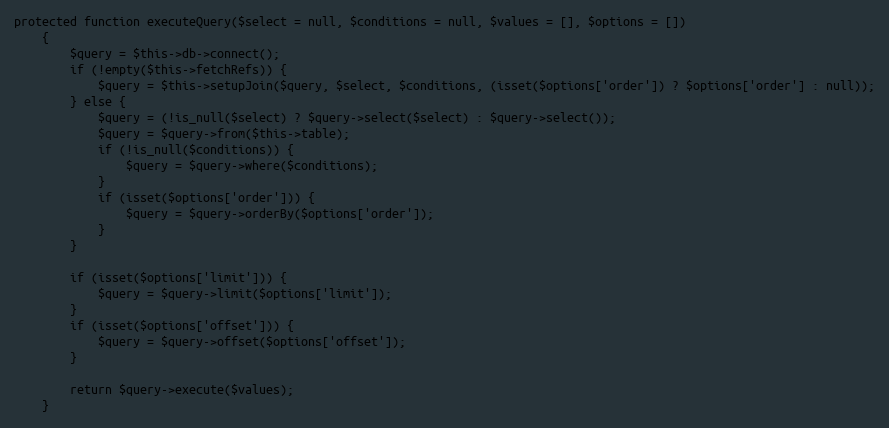
Language: PHP
protected function executeQuery($select = null, $conditions = null, $values = [], $options = [])
    {
        $query = $this->db->connect();
        if (!empty($this->fetchRefs)) {
            $query = $this->setupJoin($query, $select, $conditions, (isset($options['order']) ? $options['order'] : null));
        } else {
            $query = (!is_null($select) ? $query->select($select) : $query->select());
            $query = $query->from($this->table);
            if (!is_null($conditions)) {
                $query = $query->where($conditions);
            }
            if (isset($options['order'])) {
                $query = $query->orderBy($options['order']);
            }
        }

        if (isset($options['limit'])) {
            $query = $query->limit($options['limit']);
        }
        if (isset($options['offset'])) {
            $query = $query->offset($options['offset']);
        }

        return $query->execute($values);
    }